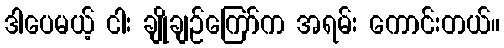
ဒါပေမယ့် ငါး ချိုချဉ်ကြော်က အရမ်း ကောင်းတယ်။